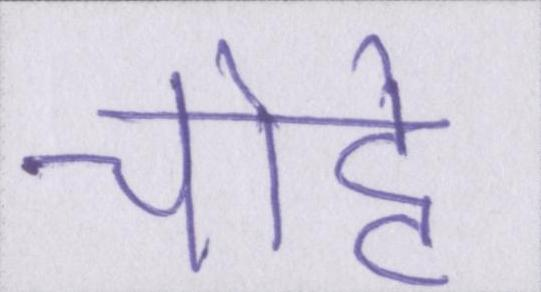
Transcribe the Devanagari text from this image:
चोट्टे